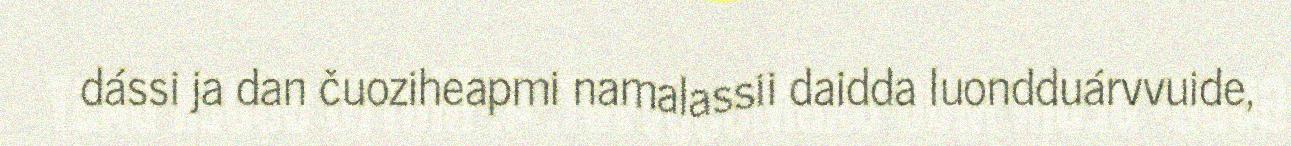
dássi ja dan čuoziheapmi namalassii daidda luondduárvvuide,